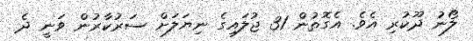
ލޯނު ދޫކުރި އެވެ. އެގޮތުން 31 ޖުލައިގެ ނިޔަލަށް ސަރުކާރުން ވަނީ ދެ